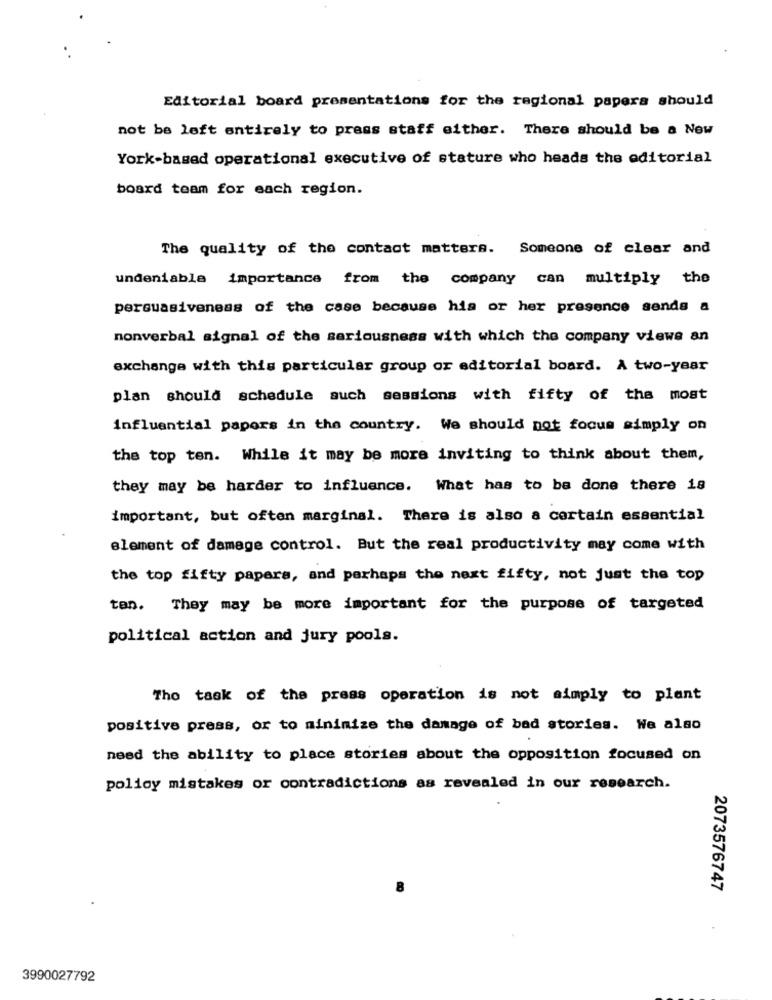
Editorial board presentations for the regional papers should
not be left entirely to press staff either. There should be a New
York-based operational executive of stature who heads the editorial
board team for each region.
The quality of the contact matters. Someone of clear and
undeniable importance from the company can multiply the
persuasiveness of the case because his or her presence sende a
nonverbal signal of the seriousness with which the company views an
exchange with this particular group or editorial board. A two-year
plan should schedule auch sessions with fifty of the most
influential papers in the country. We should not focus simply on
the top ten. While it may be more inviting to think about them,
they may be harder to influence. What has to be done there is
important, but often marginal. There is also a certain essential
element of damage control. But the real productivity may come with
the top fifty papers, and perhaps the next fifty, not just the top
ten. They may be more important for the purpose of targeted
political action and jury pools.
The task of the press operation is not simply to plant
positive press, or to minimize the damage of bad stories. We also
need the ability to place stories about the opposition focused on
policy mistakes or contradictions as revealed in our research.
2073576747
.
3990027792